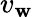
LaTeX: v_{\mathbf{w}}